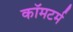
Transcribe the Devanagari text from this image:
कॉमटर्म